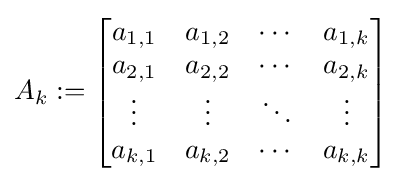
A_{k}:={\begin{bmatrix}a_{1,1}&a_{1,2}&\cdots &a_{1,k}\\a_{2,1}&a_{2,2}&\cdots &a_{2,k}\\\vdots &\vdots &\ddots &\vdots \\a_{k,1}&a_{k,2}&\cdots &a_{k,k}\end{bmatrix}}